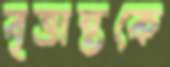
বৃত্তান্তকে